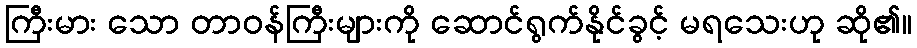
ကြီးမား သော တာဝန်ကြီးများကို ဆောင်ရွက်နိုင်ခွင့် မရသေးဟု ဆို၏။